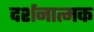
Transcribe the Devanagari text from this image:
दर्शनात्मक